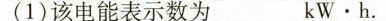
(1)该电能表示数为 kW.h.